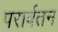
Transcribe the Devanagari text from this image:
परार्वतन